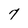
Character: 7